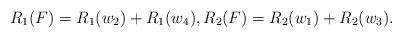
LaTeX: \begin{align*}R_1(F)=R_1(w_2)+R_1(w_4), R_2(F)=R_2(w_1)+R_2(w_3).\end{align*}